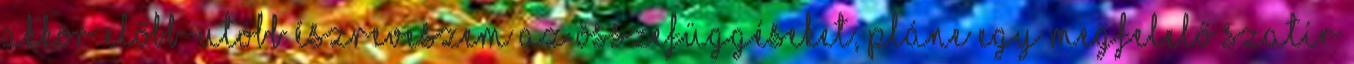
akkor előbb-utóbb észreveszem az összefüggéseket, pláne egy megfelelő szatír